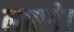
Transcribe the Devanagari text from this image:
लाएगे।